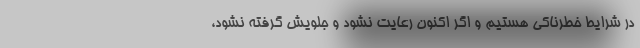
در شرایط خطرناکی هستیم و اگر اکنون رعایت نشود و جلویش گرفته نشود،